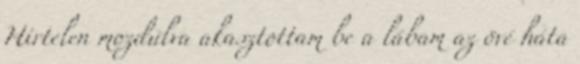
Hirtelen mozdulva akasztottam be a lábam az övé háta